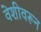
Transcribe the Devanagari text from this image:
वेशीवरून